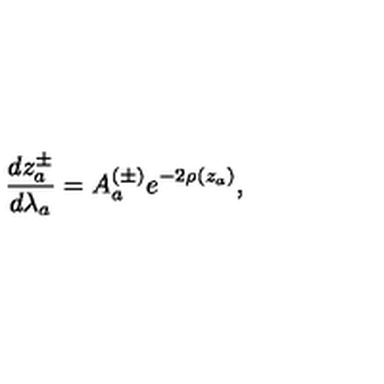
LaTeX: \frac { d z _ { a } ^ { \pm } } { d \lambda _ { a } } = A _ { a } ^ { ( \pm ) } e ^ { - 2 \rho ( z _ { a } ) } ,